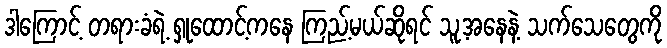
ဒါကြောင့် တရားခံရဲ့ ရှုထောင့်ကနေ ကြည့်မယ်ဆိုရင် သူ့အနေနဲ့ သက်သေတွေကို